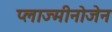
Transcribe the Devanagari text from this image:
प्लाज्मीनोजेन